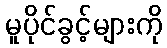
မူပိုင်ခွင့်များကို